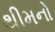
થીમનો